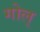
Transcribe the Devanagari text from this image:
गोल्